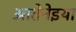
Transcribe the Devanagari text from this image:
आतेनेइया